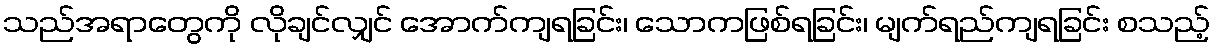
သည်အရာတွေကို လိုချင်လျှင် အောက်ကျရခြင်း၊ သောကဖြစ်ရခြင်း၊ မျက်ရည်ကျရခြင်း စသည့်